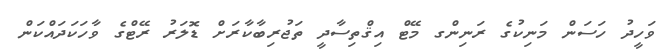
ވަހީދު ހަސަން މަނިކުގެ ރަނިންގ މޭޓް އިޤްތިސާދީ ތަޖުރިބާކާރަށް ޑޮލަރު ރޭޓްގެ ވާހަކަދައްކަން